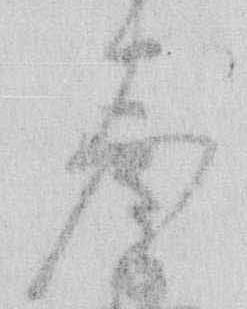
参